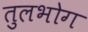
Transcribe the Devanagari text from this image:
तुलभोग